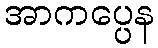
အာကပ္ပေန